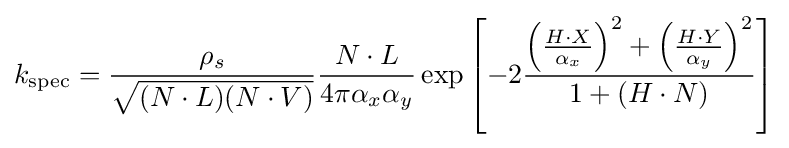
k_{\mathrm {spec} }={\frac {\rho _{s}}{\sqrt {(N\cdot L)(N\cdot V)}}}{\frac {N\cdot L}{4\pi \alpha _{x}\alpha _{y}}}\exp \left[-2{\frac {\left({\frac {H\cdot X}{\alpha _{x}}}\right)^{2}+\left({\frac {H\cdot Y}{\alpha _{y}}}\right)^{2}}{1+(H\cdot N)}}\right]